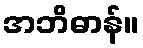
အဘိဓာန်။